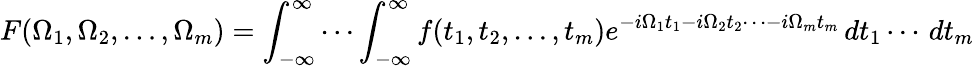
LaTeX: F(\Omega_{1},\Omega_{2},\ldots,\Omega_{m})=\int_{-\infty}^{\infty}\cdots\int_{-\infty}^{\infty}f(t_{1},t_{2},\ldots,t_{m})e^{-i\Omega_{1}t_{1}-i\Omega_{2}t_{2}\cdots-i\Omega_{m}t_{m}}\, dt_{1}\cdots\, dt_{m}